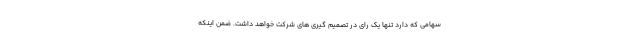
سهامی که دارد تنها یک رای در تصمیم گیری های شرکت خواهد داشت. ضمن اینکه